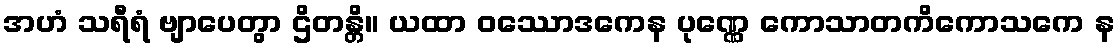
အဟံ သရီရံ ဗျာပေတွာ ဌိတန္တိ။ ယထာ ဝဿောဒကေန ပုဏ္ဏေ ကောသာတကိကောသကေ န